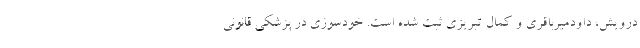
درویش، داودمیرباقری و کمال تبریزی ثبت شده است. خودسوزی در پزشکی قانونی